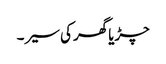
چڑیا گھر کی سیر ۔